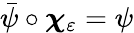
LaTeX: \bar{\psi}\circ\boldsymbol{\chi}_{\varepsilon}=\psi